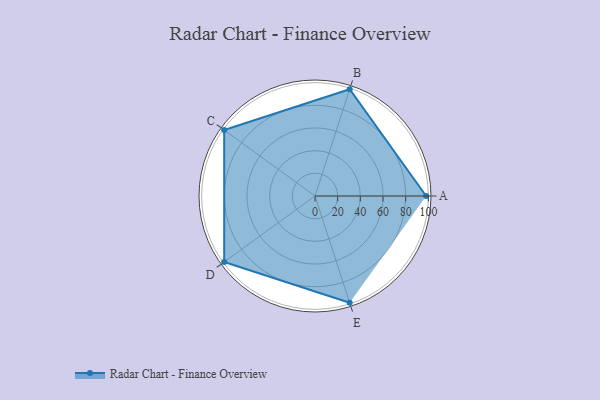
{"axis": {"x": "Skill", "y": "Score"}, "legend": ["Profile"], "data": [{"x": "A", "y": 98.0, "type": "Profile"}, {"x": "B", "y": 99, "type": "Profile"}, {"x": "C", "y": 99, "type": "Profile"}, {"x": "D", "y": 99, "type": "Profile"}, {"x": "E", "y": 99, "type": "Profile"}]}